Indian journal of veterinary science and animal husbandry - Volume 8,
Year: 1938
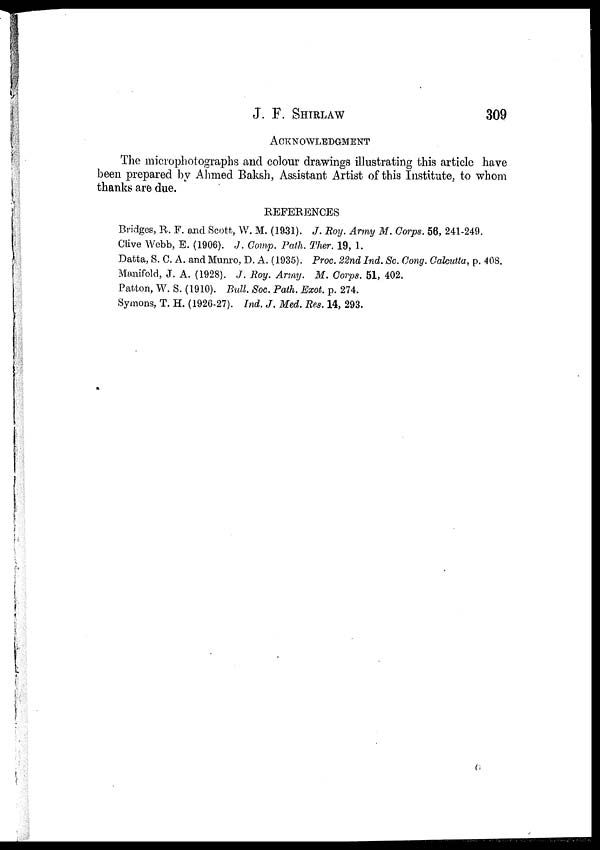
J. F.
SHIRLAW
309
ACKNOWLEDGMENT
The microphotographs and colour drawings illustrating this article have
been prepared by Ahmed Baksh, Assistant Artist of this Institute, to whom
thanks are due.
REFERENCES
Bridges, R. F. and Scott, W. M. (1931). J. Roy. Army M. Corps. 56, 241-249.
Clive Webb, E. (1906). J. Comp. Path. Ther. 19, 1.
Datta, S. C. A. and Munro, D. A. (1935). Proc. 22nd Ind. Sc. Cong. Calcutta, p. 408.
Manifold, J. A. (1928). J. Roy. Army. M. Corps. 51, 402.
Patton, W. S. (1910). Bull. Soc. Path. Exot. p. 274.
Symons, T. H. (1926-27). Ind. J. Med. Res. 14, 293.